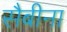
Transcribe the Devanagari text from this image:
सैबीना